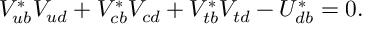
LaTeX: V _ { u b } ^ { * } V _ { u d } + V _ { c b } ^ { * } V _ { c d } + V _ { t b } ^ { * } V _ { t d } - U _ { d b } ^ { * } = 0 .